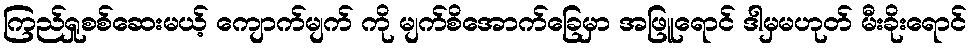
ကြည်ရှုစစ်ဆေးမယ့် ကျောက်မျက် ကို မျက်စိအောက်ခြေမှာ အဖြူရောင် ဒါမှမဟုတ် မီးခိုးရောင်